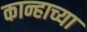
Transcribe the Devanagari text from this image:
कान्हाच्या